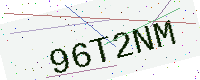
Text: 96T2NM